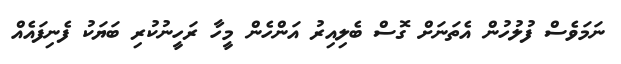
ނަމަވެސް ފުލުހުން އެތަނަށް ގޮސް ބެލިއިރު އަންހެން މީހާ ރަހީނުކުރި ބަޔަކު ފެނިފައެއް